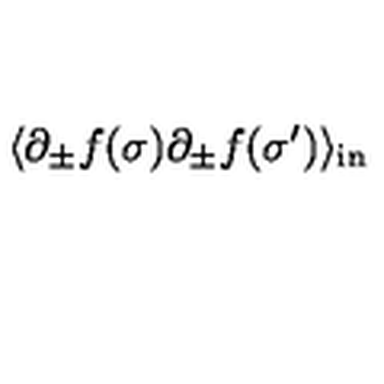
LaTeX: \: \langle \partial _ { \pm } f ( \sigma ) \partial _ { \pm } f ( \sigma ^ { \prime } ) \rangle _ { \mathrm { { i n } } } \: